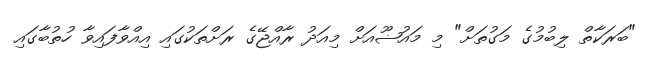
"ބަރަކާތް ލިބުމުގެ މަގުތަށް" މި މައުޟޫއަށް މިއަދު ރާއްޖޭގެ ރަށްތަކުގައި އިއްވާފައިވާ ހުތުބާގައި